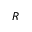
R